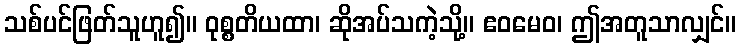
သစ်ပင်ဖြတ်သူဟူ၍။ ဝုစ္စတိယထာ၊ ဆိုအပ်သကဲ့သို့။ ဧဝမေဝ၊ ဤအတူသာလျှင်။